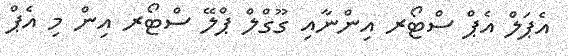
އެޕަލް އެޕް ސްޓޯރ އިންނާއި ގޫގްލް ޕްލޭ ސްޓޯރ އިން މި އެޕް